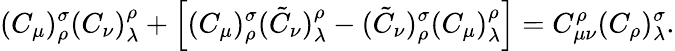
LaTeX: (C_{\mu})_{\rho}^{\sigma}(C_{\nu})_{\lambda}^{\rho}+\Big[(C_{\mu})_{\rho}^{\sigma}(\tilde{C}_{\nu})_{\lambda}^{\rho}-(\tilde{C}_{\nu})_{\rho}^{\sigma}(C_{\mu})_{\lambda}^{\rho}\Big]=C_{\mu\nu}^{\rho}(C_{\rho})_{\lambda}^{\sigma}.